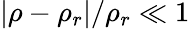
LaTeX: \left|\rho-\rho_{r}\right|/\rho_{r}\ll 1